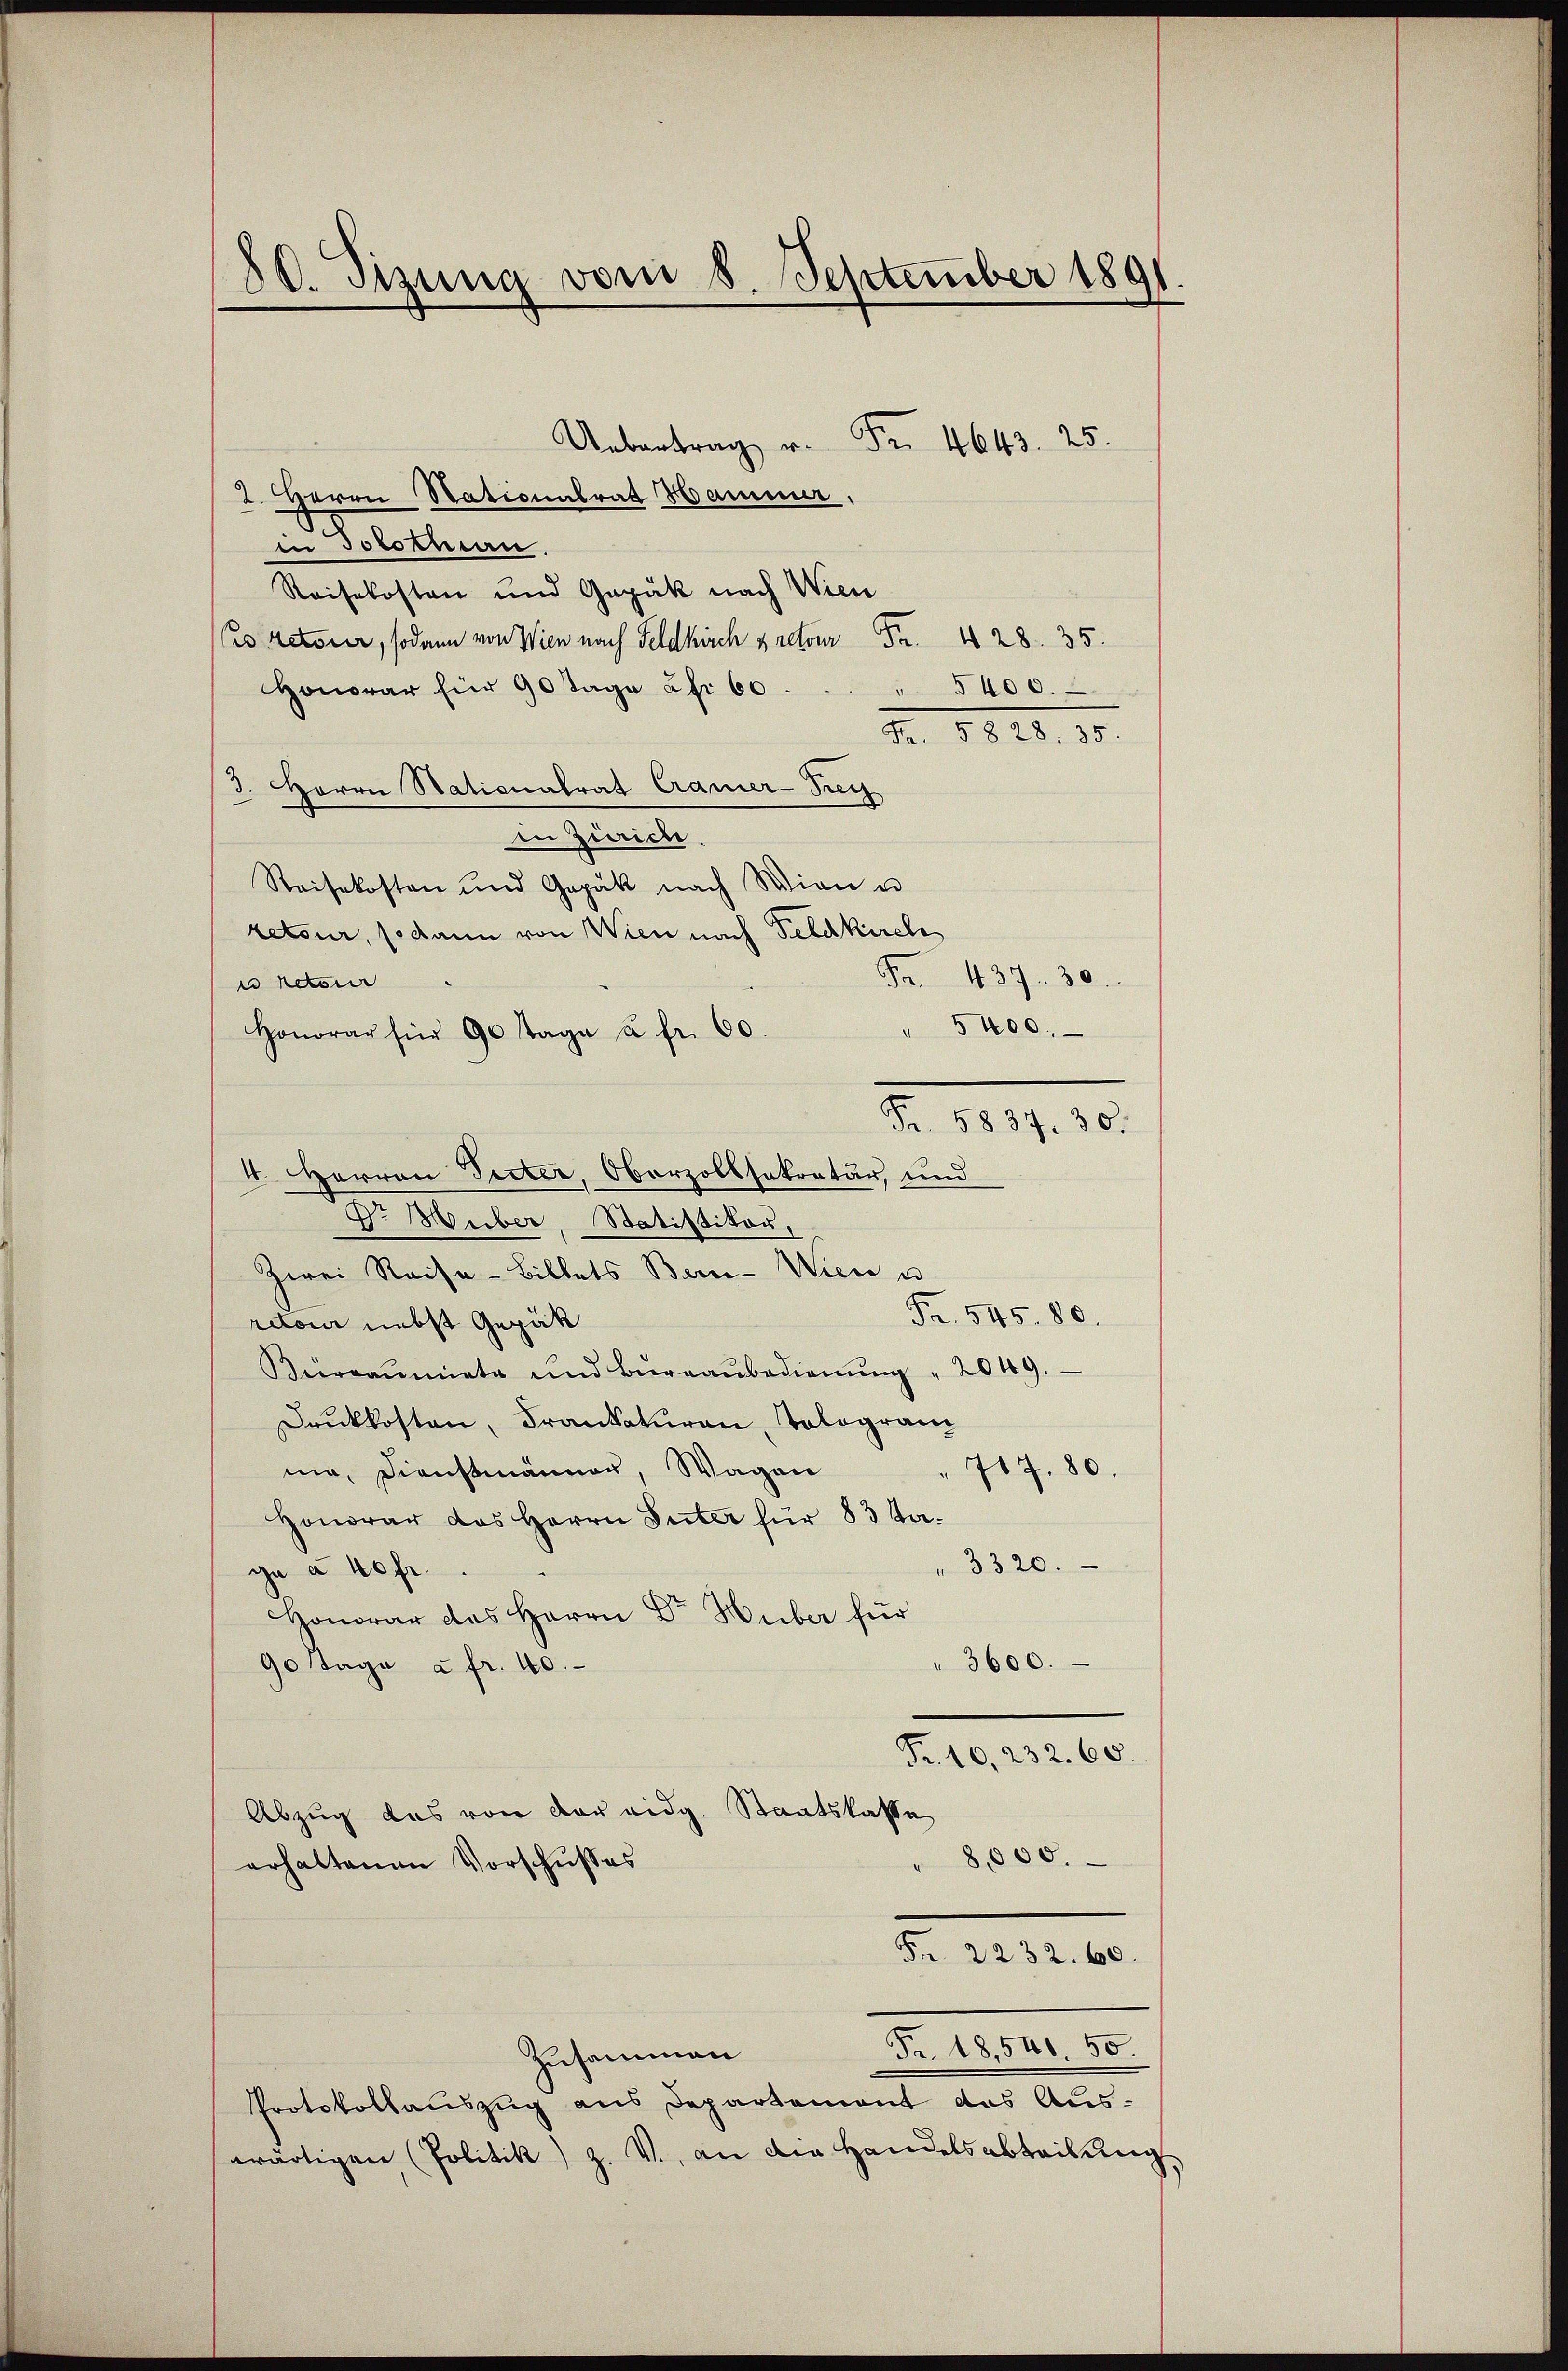
80. Sizung vom 8. September 1891.

Uebertrag u. Fr. 4643. 25.
2. Herrn Stationalrat Hammer,
in Solothurn.
Reisekosten und Gepäk nach Wien
es retour, sodann von Wien nach Feldkirch pretour. 428. 35.
Honorar für 90 stage efr 60
" 5400.
Nr. 1810. 10.
3. Herrn Stationalrat Cramer-Prey
in Zürich.
Reisekosten und Gapak nach Wien u
retour, so dann von Wien nach Feldkirch
Fr. 437. 30.
e retour
" 5400.
Honorar für 90 Tage à fr. 60.
Fr. 5837. 30.
4. Herren Perter, Oberzollsekretär, und
Dr. Huber, Statistikon,
Zwei Reise-Billets Bern- Wien u
Fr. 545. 80.
retour nebst Gepäk
Burdammata und Büreaŭbedienŭng " 2049.
Druckkosten, Frankaturen, Tologram
mir, Dienstmänner, Wagen
717. 80.
Honorar das Herrn Inter für 83 da¬
3320.
ge à 40fr.
Honorar das Herrn Dr. Huber für
 3600.
90 Tage à fr. 40.
Fr. 10, 232. 60.
Abzug das von der eidg. Staatskasse
8,000.
erhaltenen Vorschusses
Fr. 2232. 600.
Fr. 18,506. 50
Zusammen
Protokollauszug aus Departement des Aus-
wärtigen (Politik) Z. V., an die Handelsabteilung